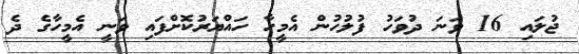
ޖުލައި 16 ވަނަ ދުވަހު ފުލުހުން އެމީހާ ހައްޔަރުކޮށްފައި ވަނީ އެމީހާގެ ދެ